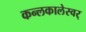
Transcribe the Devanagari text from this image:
कन्लकालेस्वर्